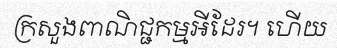
ក្រសួងពាណិជ្ជកម្មអីដែរ។ ហើយ